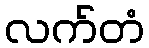
လက်တံ